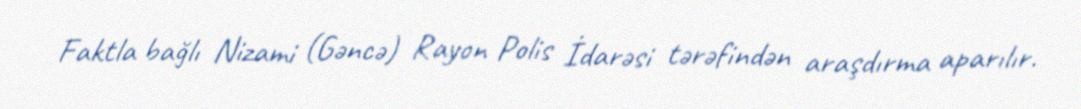
Faktla bağlı Nizami (Gəncə) Rayon Polis İdarəsi tərəfindən araşdırma aparılır.